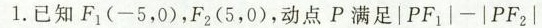
1.已知F_{1}（-5，0），F_{2}（5，0）的那个点P满足$$| P F _ { 1 } | - | P F _ { 2 } |